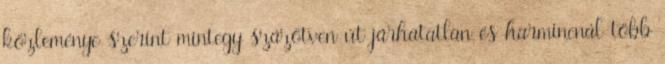
közleménye szerint mintegy százötven út járhatatlan és harmincnál több